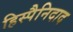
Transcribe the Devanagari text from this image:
हिस्पैनिदाद